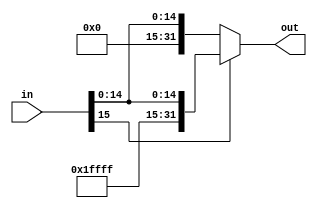
module Sign_Extend(
  input [15:0] in,
  output [31:0] out
);
  assign out = (in[15])?({16'b1111111111111111,in}):({16'b0000000000000000,in});
endmodule